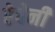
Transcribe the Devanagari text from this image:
रेषेनी